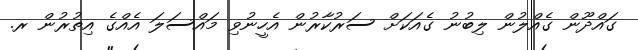
ގައްދޫން ގެއްލުން ލިބުނު ގެއަކަށް ސަރުކާރުން އެހީނުވި މައްސަލަ އެއްގެ އިތުރުން ރ.